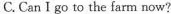
C.Can I go to the farm now?